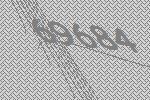
69684